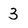
Character: 3